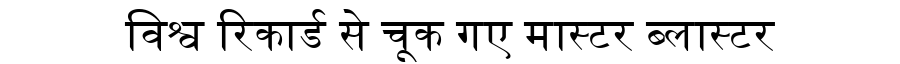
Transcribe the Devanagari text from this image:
विश्व रिकार्ड से चूक गए मास्टर ब्लास्टर